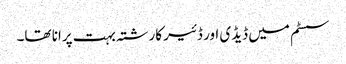
سسٹم میں ڈیڈی اور ڈئیر کارشتہ بہت پرانا تھا۔